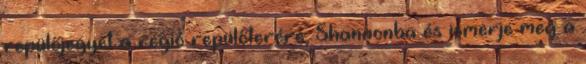
repülőjegyet a régió repülőterére, Shannonba és ismerje meg a